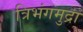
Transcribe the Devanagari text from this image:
त्रिभंगमुद्रा